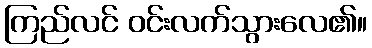
ကြည်လင် ဝင်းလက်သွားလေ၏။